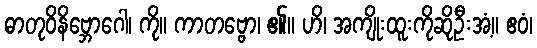
ဓာတုဝိနိဗ္ဘောဂေါ၊ ကို။ ကာတဗ္ဗော၊ ၏။ ဟိ၊ အကျိုးထူးကိုဆိုဦးအံ့။ ဧဝံ၊